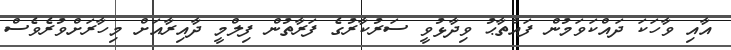
އާއި ވާހަކަ ދައްކަވަމުން ފައްތާޙު ވިދާޅުވީ ސަރުކާރުގެ ފަރާތުން ފިލްމީ ދާއިރާއަށް މިހާރަށްވުރެވެސް